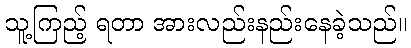
သူ့ကြည့် ရတာ အားလည်းနည်းနေခဲ့သည်။